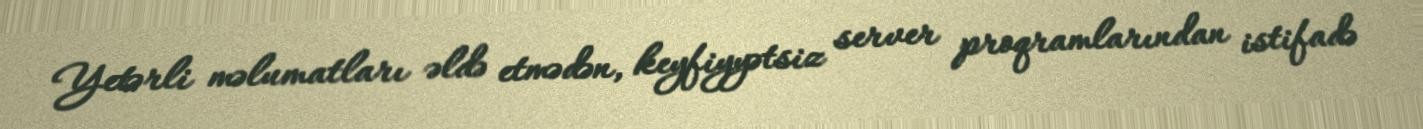
Yetərli məlumatları əldə etmədən, keyfiyyətsiz server proqramlarından istifadə